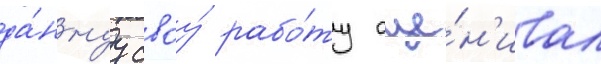
да́ннуу своу́ рабо́ту оце́н'ивал